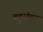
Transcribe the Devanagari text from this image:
बहुसंख्‍य